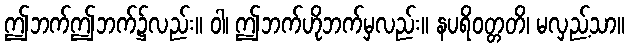
ဤဘက်ဤဘက်၌လည်း။ ဝါ၊ ဤဘက်ဟိုဘက်မှလည်း။ နပရိဝတ္တတိ၊ မလှည့်သာ။